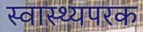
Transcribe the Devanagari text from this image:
स्वास्थ्यपरक